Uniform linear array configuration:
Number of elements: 4
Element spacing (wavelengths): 0.5
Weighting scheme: kaiser
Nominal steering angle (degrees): -45
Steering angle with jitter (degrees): -46.145
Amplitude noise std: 0.05
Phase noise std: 0.05

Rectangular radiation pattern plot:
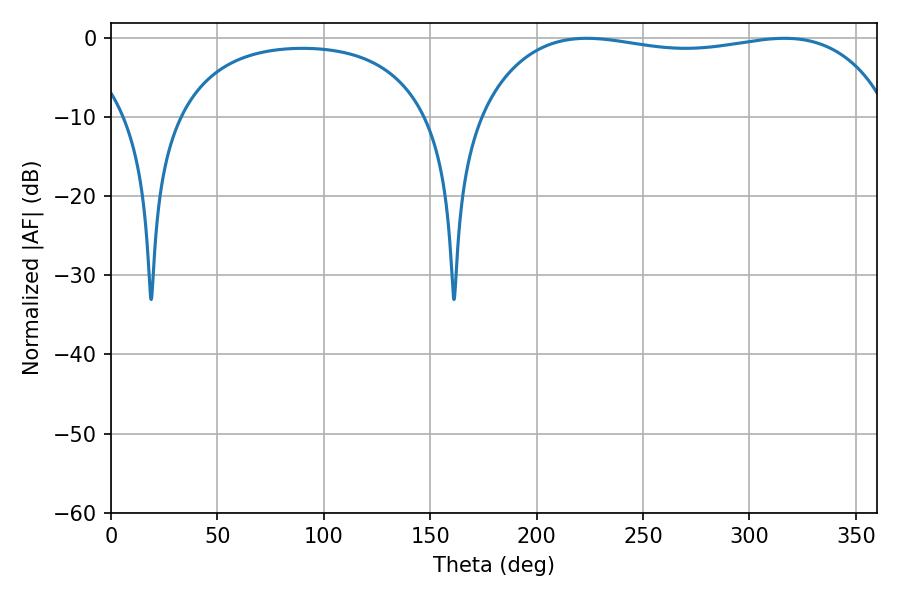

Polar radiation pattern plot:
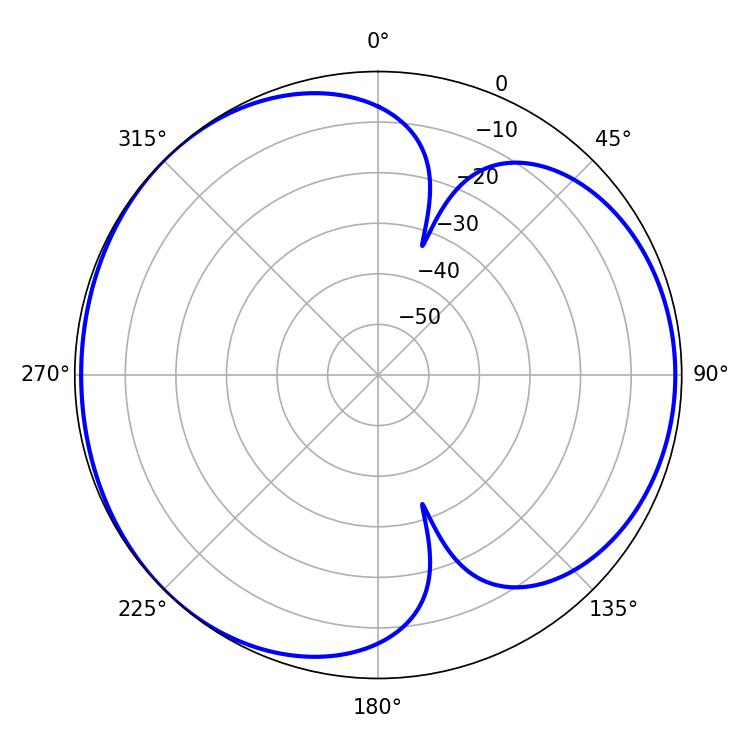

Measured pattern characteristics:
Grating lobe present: FALSE
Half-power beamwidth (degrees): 155.52
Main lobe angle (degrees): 223.56